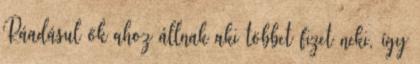
Ráadásul ők ahoz állnak aki többet fizet neki, így